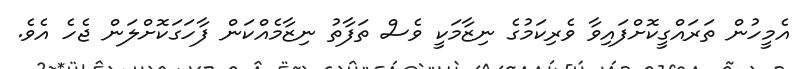
އެމީހުން ތަރައްގީކޮށްފައިވާ ވެރިކަމުގެ ނިޒާމަކީ ވެސް ތަފާތު ނިޒާމެއްކަން ފާހަގަކޮށްލަން ޖެހެ އެވެ.